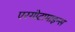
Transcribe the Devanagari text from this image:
एरगोटामाइन्स